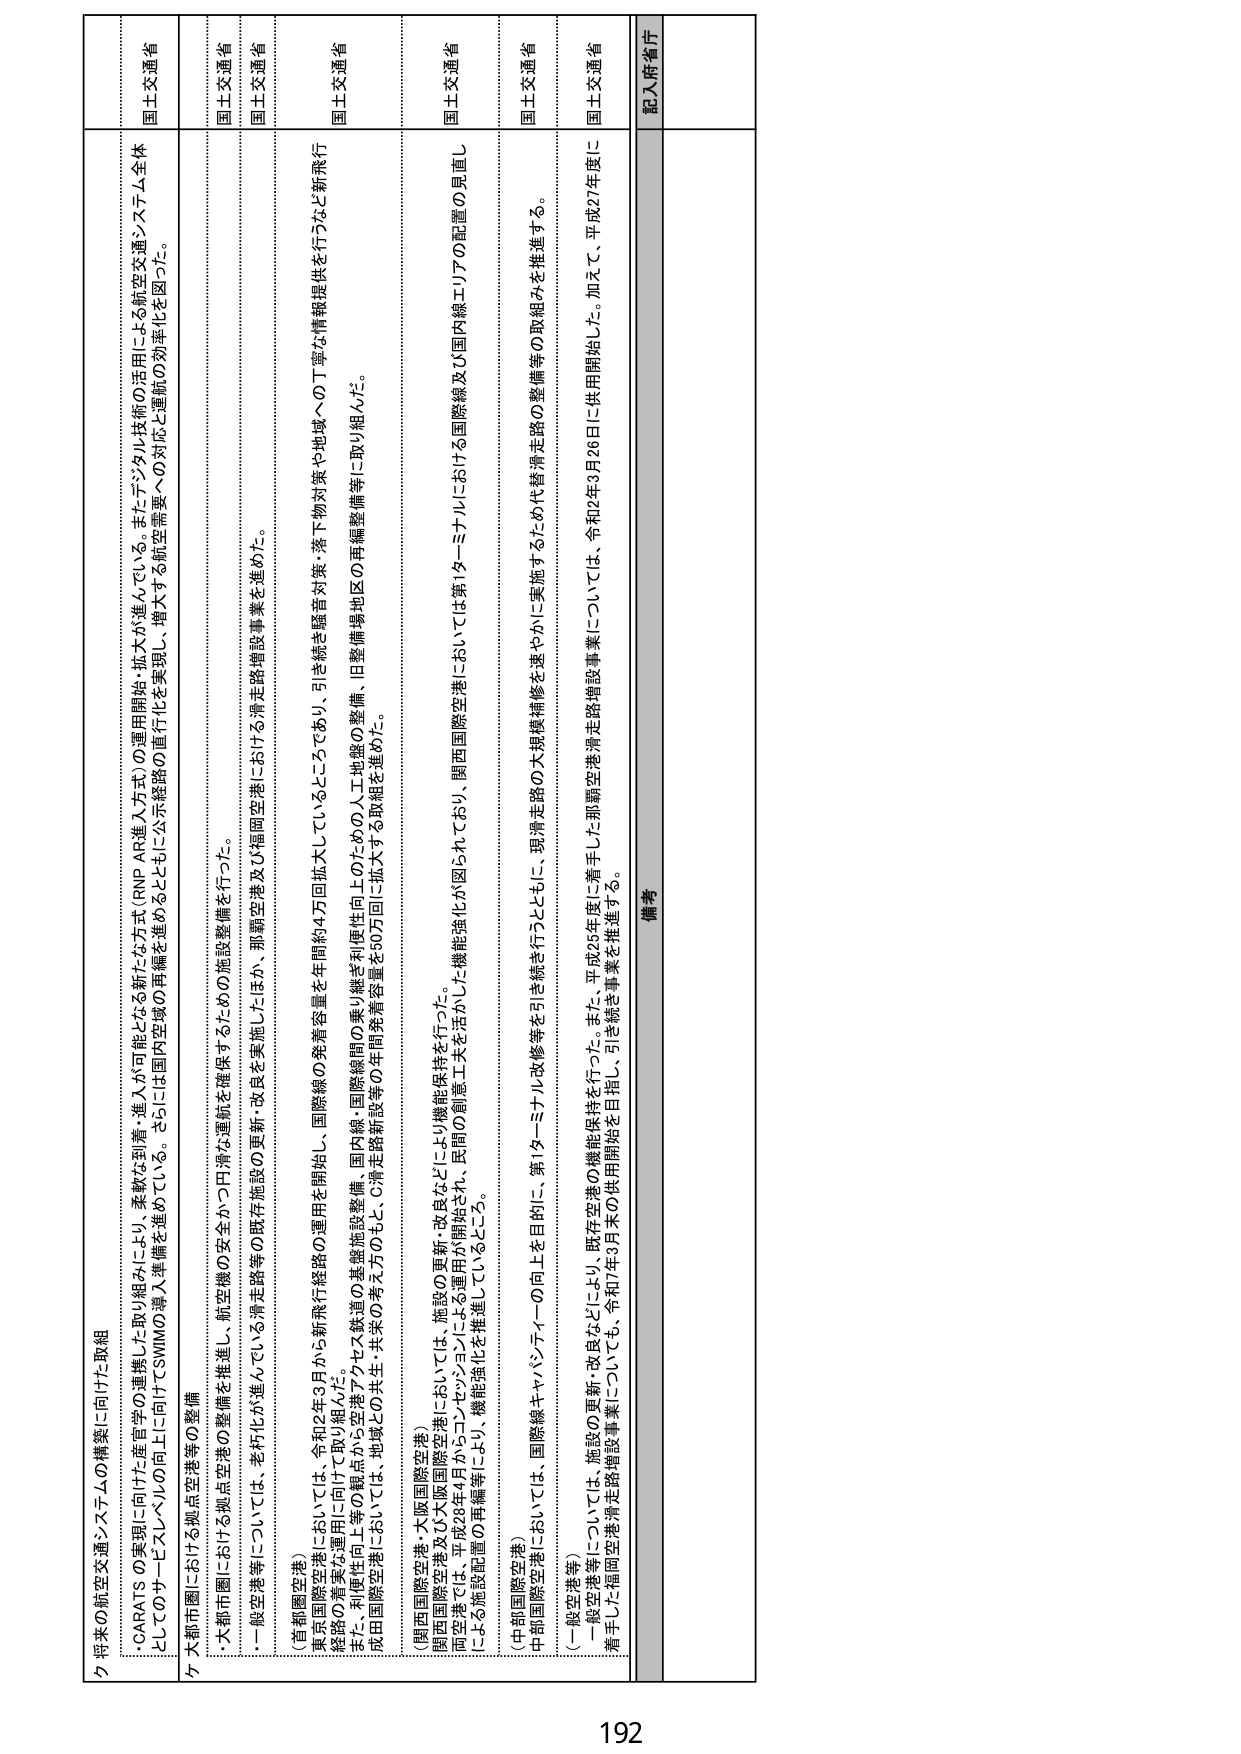
ウ 将来の航空交通システムの構築に向けた取組
・CARATSの実現に向けた度重ねの重機し取り組みにより、柔軟な到着・進入が可能となる新たな方式（RNP AR導入方式）の運用開始・拡大が進んでいる。また、デジタル技術の活用による航空交通システム全体
としてのサービスレベルの向上に向けたSWMMO導入準備を進めている。さらに、国内空域の再編を進めるとともに、公示経路の直行化を実現し、増大する航空需要への対応と運航の効率化を図った。
国土交通省

ケ 大都市圏における拠点空港等の整備
・大都市圏における拠点空港の整備を推進し、航空機の安全かつ円滑な運航を確保するための施設整備を行った。
・一般空港等については、老朽化が進んでいる滑走路等の既存施設の更新・改良を実施したほか、那覇空港及び福岡空港における滑走路増設事業を進めた。
（首都圏空港）
東京国際空港に向けた運用においては、令和2年3月から新飛行経路の運用を開始し、国際線の発着容量を年間約4万回拡大しているところであり、引き続き騒音対策・落下物対策への丁寧な情報提供を行うなど新飛行
経路の着実な運用に向け取り組んだ。
また、利便性向上等の観点から空港アクセス鉄道の基礎施設整備、国内線・国際線間の乗り継ぎ利便性向上のための人工地盤の整備、旧整備場地区の再編整備等に取り組んだ。
成田国際空港においては、地域との共生・共栄の考え方のもと、C滑走路新設等の年間発着容量を50万回に拡大する取組を進めた。
（関西国際空港・大阪国際空港）
関西国際空港及び大阪国際空港においては、施設の更新・改良などにより機能保持を行った。
両空港では、平成28年4月からコンヤンジョンによる運用が開始され、民間の創意工夫を活かした機能強化が図られており、関西国際空港においては第1ターミナルにおける国際線及び国内線エリアの配置の見直し
による施設配置の再編等により、機能強化を推進しているところ。
（中部国際空港）
中部国際空港においては、国際線キャパシティの向上を目的に、第1ターミナル改修等を引き続き行うとともに、現滑走路の大規模補修を速やかに実施するため代替滑走路の整備等の取組みを推進する。
（一般空港等）
一般空港等については、施設の更新・改良などにより、既存空港の機能保持を行った。また、平成25年度に着手した那覇空港滑走路増設事業については、令和2年3月20日に供用開始した。加えて、平成27年度に
着手した福岡空港滑走路増設事業についても、令和7年3月末の供用開始を目指し、引き続き事業を推進する。
国土交通省
国土交通省
国土交通省
国土交通省
国土交通省
備考
記入府省庁

192